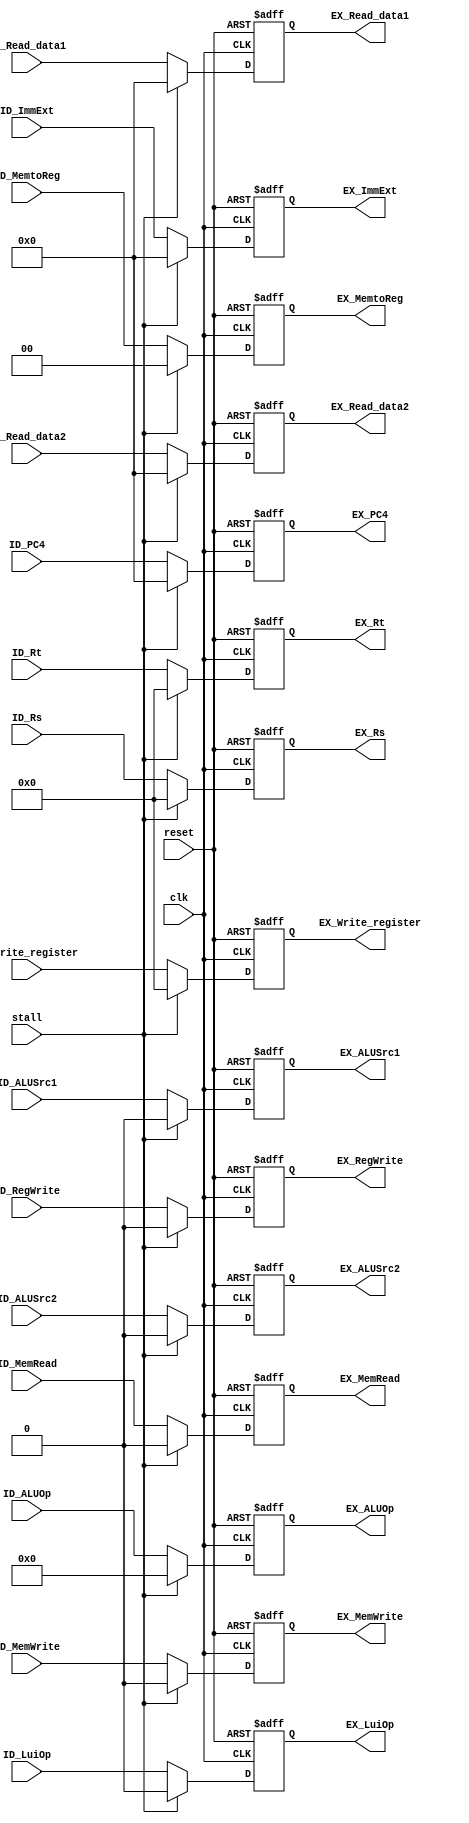
`timescale 1ns / 1ps
//////////////////////////////////////////////////////////////////////////////////
// Company: 
// Engineer: 
// 
// Design Name: 
// Module Name: IDEX
// Project Name: 
// Target Devices: 
// Tool Versions: 
// Description: 
// 
// Dependencies: 
// 
// Revision:
// Revision 0.01 - File Created
// Additional Comments:
// 
//////////////////////////////////////////////////////////////////////////////////


module IDEX(reset,clk,stall,ID_Write_register, ID_Rs, ID_Rt, ID_Read_data1, ID_Read_data2,
    ID_ImmExt, ID_PC4, ID_MemtoReg, ID_ALUOp,ID_LuiOp, ID_MemRead, ID_MemWrite,
    ID_ALUSrc1, ID_ALUSrc2, ID_RegWrite,
    EX_Write_register, EX_Rs, EX_Rt, EX_Read_data1, EX_Read_data2,
    EX_ImmExt, EX_PC4, EX_MemtoReg, EX_ALUOp,EX_LuiOp, EX_MemRead, EX_MemWrite,
    EX_ALUSrc1, EX_ALUSrc2, EX_RegWrite);

input reset, clk, stall;
input [4:0] ID_Write_register, ID_Rs, ID_Rt;
input [31:0] ID_Read_data1, ID_Read_data2, ID_ImmExt, ID_PC4;
input [1:0] ID_MemtoReg;
input [3:0] ID_ALUOp;
input ID_LuiOp, ID_MemRead, ID_MemWrite, ID_ALUSrc1, ID_ALUSrc2, ID_RegWrite;


(* DONT_TOUCH= "TRUE" *) output reg [4:0] EX_Write_register;
output reg [4:0]  EX_Rs, EX_Rt;
(* DONT_TOUCH= "TRUE" *) output reg [31:0] EX_Read_data1, EX_Read_data2, EX_ImmExt;
output reg [31:0] EX_PC4;
(* DONT_TOUCH= "TRUE" *) output reg [1:0] EX_MemtoReg;
(* DONT_TOUCH= "TRUE" *) output reg [3:0] EX_ALUOp;
(* DONT_TOUCH= "TRUE" *) output reg EX_LuiOp, EX_MemRead, EX_MemWrite, EX_ALUSrc1, EX_ALUSrc2, EX_RegWrite;
always @(posedge reset or posedge clk) begin
    if(reset) begin
        EX_Write_register<=5'b0; EX_Rs<=5'b0; EX_Rt<=5'b0; EX_Read_data1<=32'b0; EX_Read_data2<=32'b0;
        EX_ImmExt<=32'b0; EX_PC4<=32'b0; EX_MemtoReg<=2'b0; EX_ALUOp<=4'b0; 
        EX_LuiOp<=0; EX_MemRead<=0; EX_MemWrite<=0; EX_ALUSrc1<=0; EX_ALUSrc2<=0; EX_RegWrite<=0;

    end		      
    else if(stall) begin //EX0
        EX_Write_register<=5'b0; EX_Rs<=5'b0; EX_Rt<=5'b0; EX_Read_data1<=32'b0; EX_Read_data2<=32'b0;
        EX_ImmExt<=32'b0; EX_PC4<=32'b0; EX_MemtoReg<=2'b0; EX_ALUOp<=4'b0; 
        EX_LuiOp<=0; EX_MemRead<=0; EX_MemWrite<=0; EX_ALUSrc1<=0; EX_ALUSrc2<=0; EX_RegWrite<=0;

    end
    else begin
        EX_Write_register<=ID_Write_register; EX_Rs<=ID_Rs; EX_Rt<=ID_Rt; EX_Read_data1<=ID_Read_data1; EX_Read_data2<=ID_Read_data2;
        EX_ImmExt<=ID_ImmExt; EX_PC4<=ID_PC4; EX_MemtoReg<=ID_MemtoReg;
        EX_ALUOp<=ID_ALUOp; EX_LuiOp<=ID_LuiOp; 
        EX_MemRead<=ID_MemRead; EX_MemWrite<=ID_MemWrite; 
        EX_ALUSrc1<=ID_ALUSrc1; EX_ALUSrc2<=ID_ALUSrc2; EX_RegWrite<=ID_RegWrite;

    end
end

endmodule